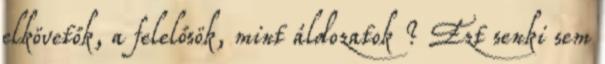
elkövetők, a felelősök, mint áldozatok ? Ezt senki sem